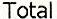
TOTAL